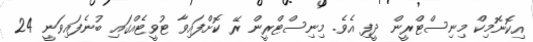
އިކޮނޮމިކް މިނިސްޓްރީން ދީފި އެވެ. މިނިސްޓްރީން ރޭ ކޮށްފައިވާ ޓުވީޓެއްގައި ބުނެފައިވަނީ 24